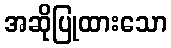
အဆိုပြုထားသော